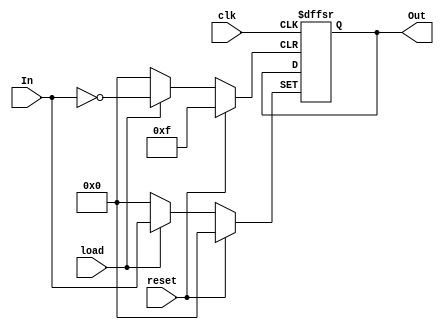
`timescale 1ns / 1ps
//////////////////////////////////////////////////////////////////////////////////
// Company: 
// Engineer: 
// 
// Design Name: 
// Module Name:    four_bit_register 
// Project Name: 
// Target Devices: 
// Tool versions: 
// Description: 
//
// Dependencies: 
//
// Revision: 
// Revision 0.01 - File Created
// Additional Comments: 
//
//////////////////////////////////////////////////////////////////////////////////
module four_bit_register(Out, In, clk, reset, load);
	input 	[3:0]In;
	input		clk, reset, load;
	output	[3:0]Out;
	
	reg [3:0] Out;
	
	always@(posedge clk or posedge reset or posedge load)
	if (reset) begin
		Out <= 4'b0;
	end else if (load) begin
		Out <= In;
	end else begin
		Out <= Out;
	end
endmodule